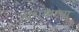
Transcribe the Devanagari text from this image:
रशियनचा